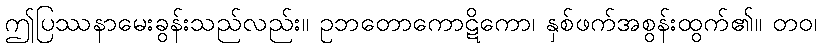
ဤပြဿနာမေးခွန်းသည်လည်း။ ဥဘတောကောဋိကော၊ နှစ်ဖက်အစွန်းထွက်၏။ တဝ၊